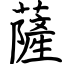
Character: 薩